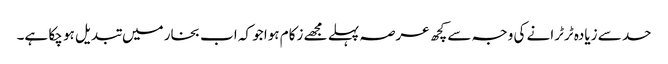
حد سے زیادہ ٹرٹرانے کی وجہ سے کچھ عرصہ پہلے مجھے زکام ہوا جو کہ اب بخار میں تبدیل ہو چکا ہے۔